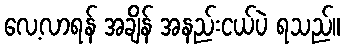
လေ့လာရန် အချိန် အနည်းငယ်ပဲ ရသည်။